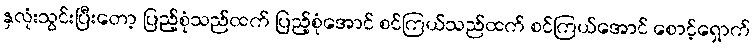
နှလုံးသွင်းပြီးတော့ ပြည့်စုံသည်ထက် ပြည့်စုံအောင် စင်ကြယ်သည်ထက် စင်ကြယ်အောင် စောင့်ရှောက်